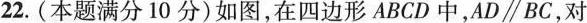
22.(本题满分10分)如图,在四边形ABCD中,$$AD\parallel BC$$,对